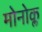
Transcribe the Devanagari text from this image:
मोनोक्ल